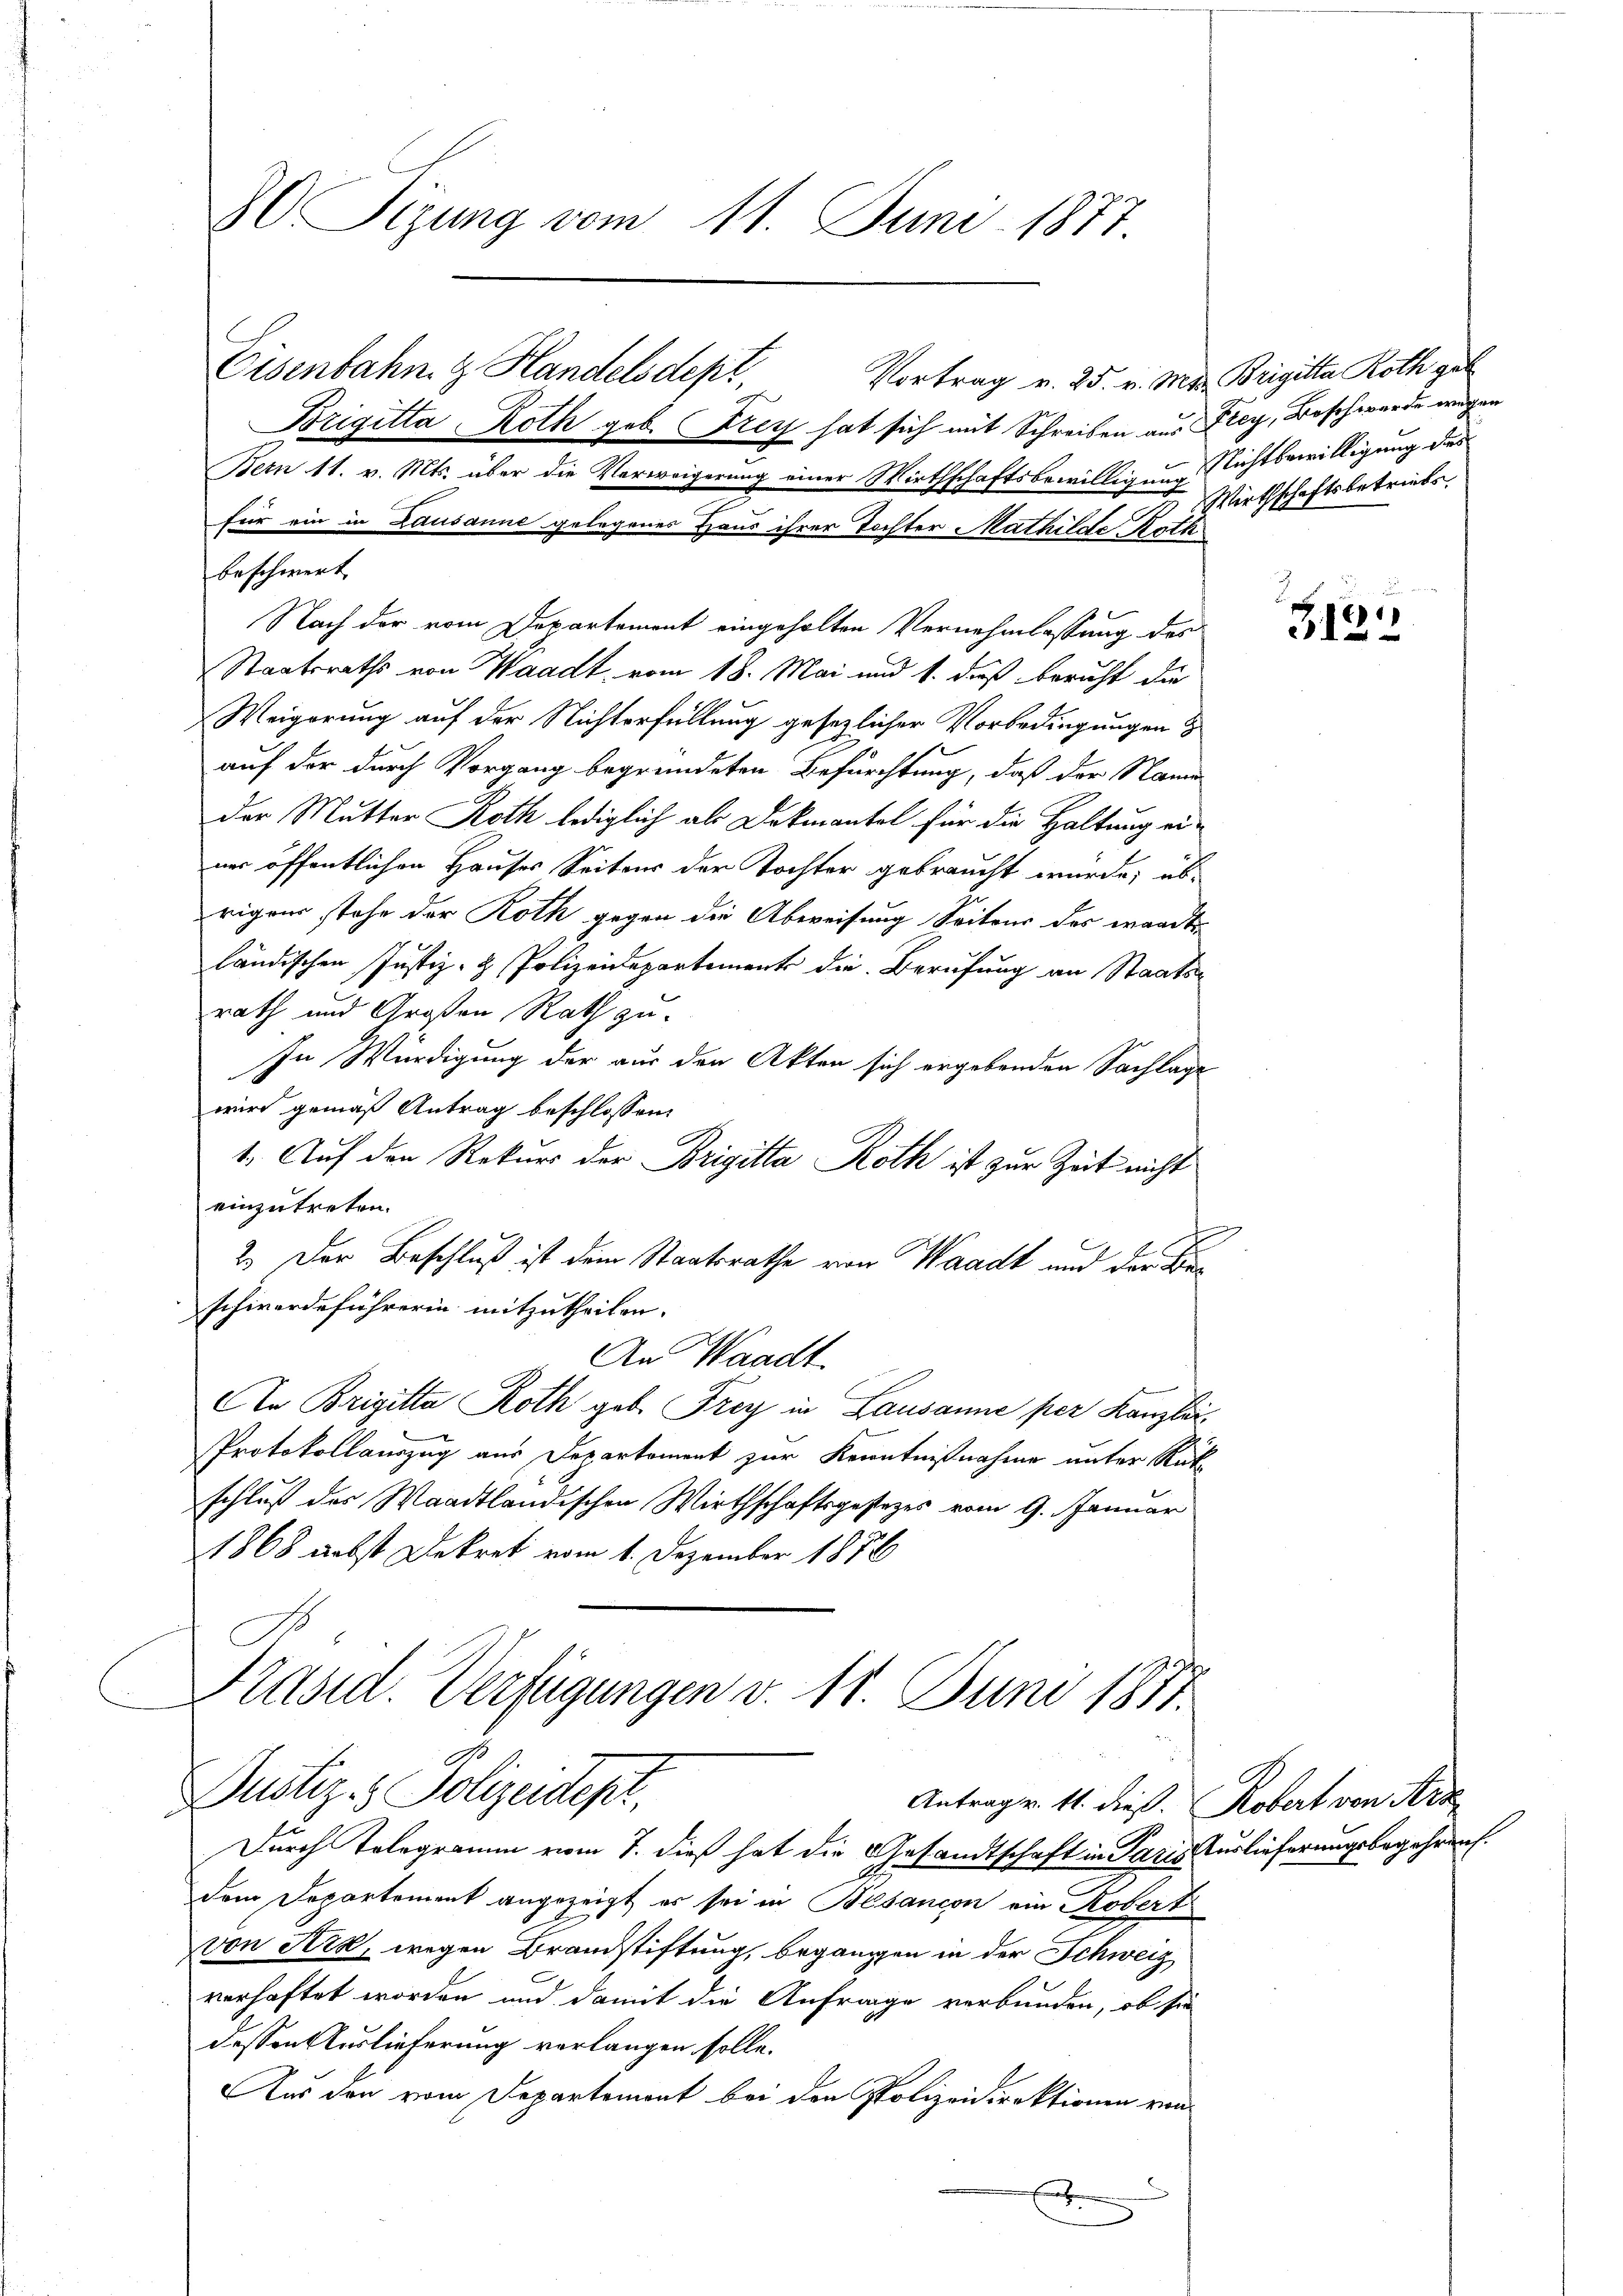
Z Tigung vom 11. Juni 1877
Eisenbahn & Handelsdept,
Vortrag v. 25. v. Mir Brigitta Roth gut
Brigitta Roth geb. Frey hat sich mit Schreiben aus Frey, Beschwerde wegen
Bern 11. v. Mts. über die Verweigerung einer Wirthschaftsbewilligung Nichtbewilligung des

für ein in Lausanne gelegenes Haus ihrer Tochter Mathilde Roth
beschwert
Nach der vom Departement eingeholten Vernehmlassung des
Staatsraths von Waadt, vom 18. Mai und 1. daß bericht die
Weigerung auf der Nichterfüllung gesezlicher Vorbedingungen
auf der durch Vorgang begründeten Befürchtung, daß der Namen
A
der Mutter Noth lediglich als Dekmantel für die Haltung ei-
ner öffentlichen Hauses Seiter der Tochter gebraucht wurde; übrigen stehe der Roth gegen die Abweisung Seitens des waadt
ländischen Justiz- & Polizeidepartement die Berufung an Staatsrath und Großen Rath zu¬
In Würdigung der aus den Akten sich ergebenden Sachlage
wird gemäß Antrag beschlossen:
1. Auf den Rekurs der Brigitta Roth ist zur Zeit nicht
einzutreten.
2.) Der Beschluß ist dem Staatsrathe von Waadt und der Beschwerdeführerin mitzutheilen.
An Waadt.
An Brigitta Roth geb. Frey in Lausanne per Kanzlei.
Protokollauszug aus Departoment zur Kenntnißnahme unter Rück
schluß der Waadtländischen Wirthschaftsgestezes vom 9. Januar
1868 nebst Dekret vom 6. Dezember 1856
Präsid. Verfügungen v. 11. Juni 1881.
G
Dustiz- & Polizeidept,
Antrager. 11. dieß. Robert von Arz
Durch Telegramm vom 7. dieß hat die Gesandtschaft in Paris Auslieferungsbegehren.
dem Departement angezeigt es sei in Besançon ein Kobert
von Ark, wegen Brandstiftung, begangen in der Schweiz
verhaftet worden und damit die Anfrage verbunden, ob sie
dessen Auslieferung vorlangen solle.
Aus den vom Departemont bei den Polizeidirektionen von
A

Wirthschaftsbetriebs

4